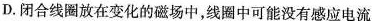
D.闭合线圈放在变化的磁场中，线圈中可能没有感应电流